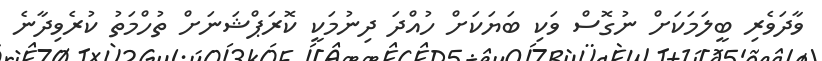
ވާދަވެރި ބީލަމަކަށް ނުގޮސް ވަކި ބަޔަކަށް ހުއްދަ ދިނުމަކީ ކޮރަޕްޝަނަށް ތުހްމަތު ކުރެވިދާނެ